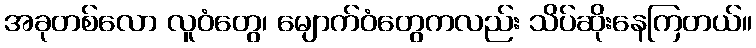
အခုတစ်လော လူဝံတွေ၊ မျောက်ဝံတွေကလည်း သိပ်ဆိုးနေကြတယ်။